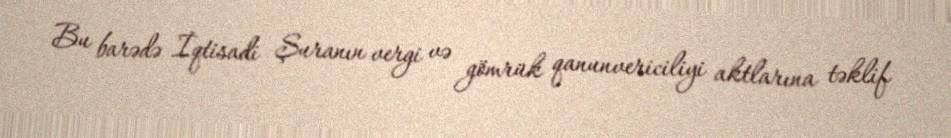
Bu barədə İqtisadi Şuranın vergi və gömrük qanunvericiliyi aktlarına təklif